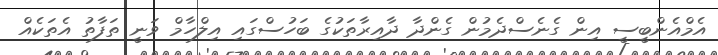
އެމްއެންބީސީ އިން ގެނެސްދެމުން ގެންދާ ދާއިރާތަކުގެ ބަހުސްގައި އިލްހާމް ވަނީ ތަފާތު އެތަކެއް